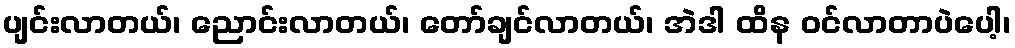
ပျင်းလာတယ်၊ ညောင်းလာတယ်၊ တော်ချင်လာတယ်၊ အဲဒါ ထိန ဝင်လာတာပဲပေါ့၊